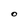
Character: O